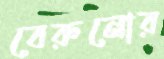
বেরুনোর